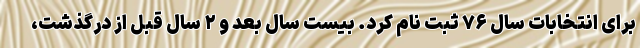
برای انتخابات سال ۷۶ ثبت نام کرد. بیست سال بعد و ۲ سال قبل از درگذشت،